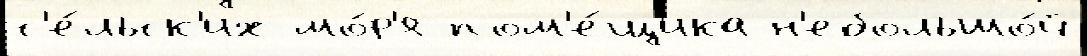
с'е́льск'их мо́р'я пом'е́щика н'ебольшо́й